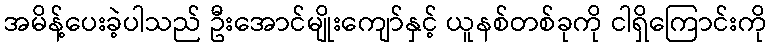
အမိန့်ပေးခဲ့ပါသည် ဦးအောင်မျိုးကျော်နှင့် ယူနစ်တစ်ခုကို ငါရှိကြောင်းကို